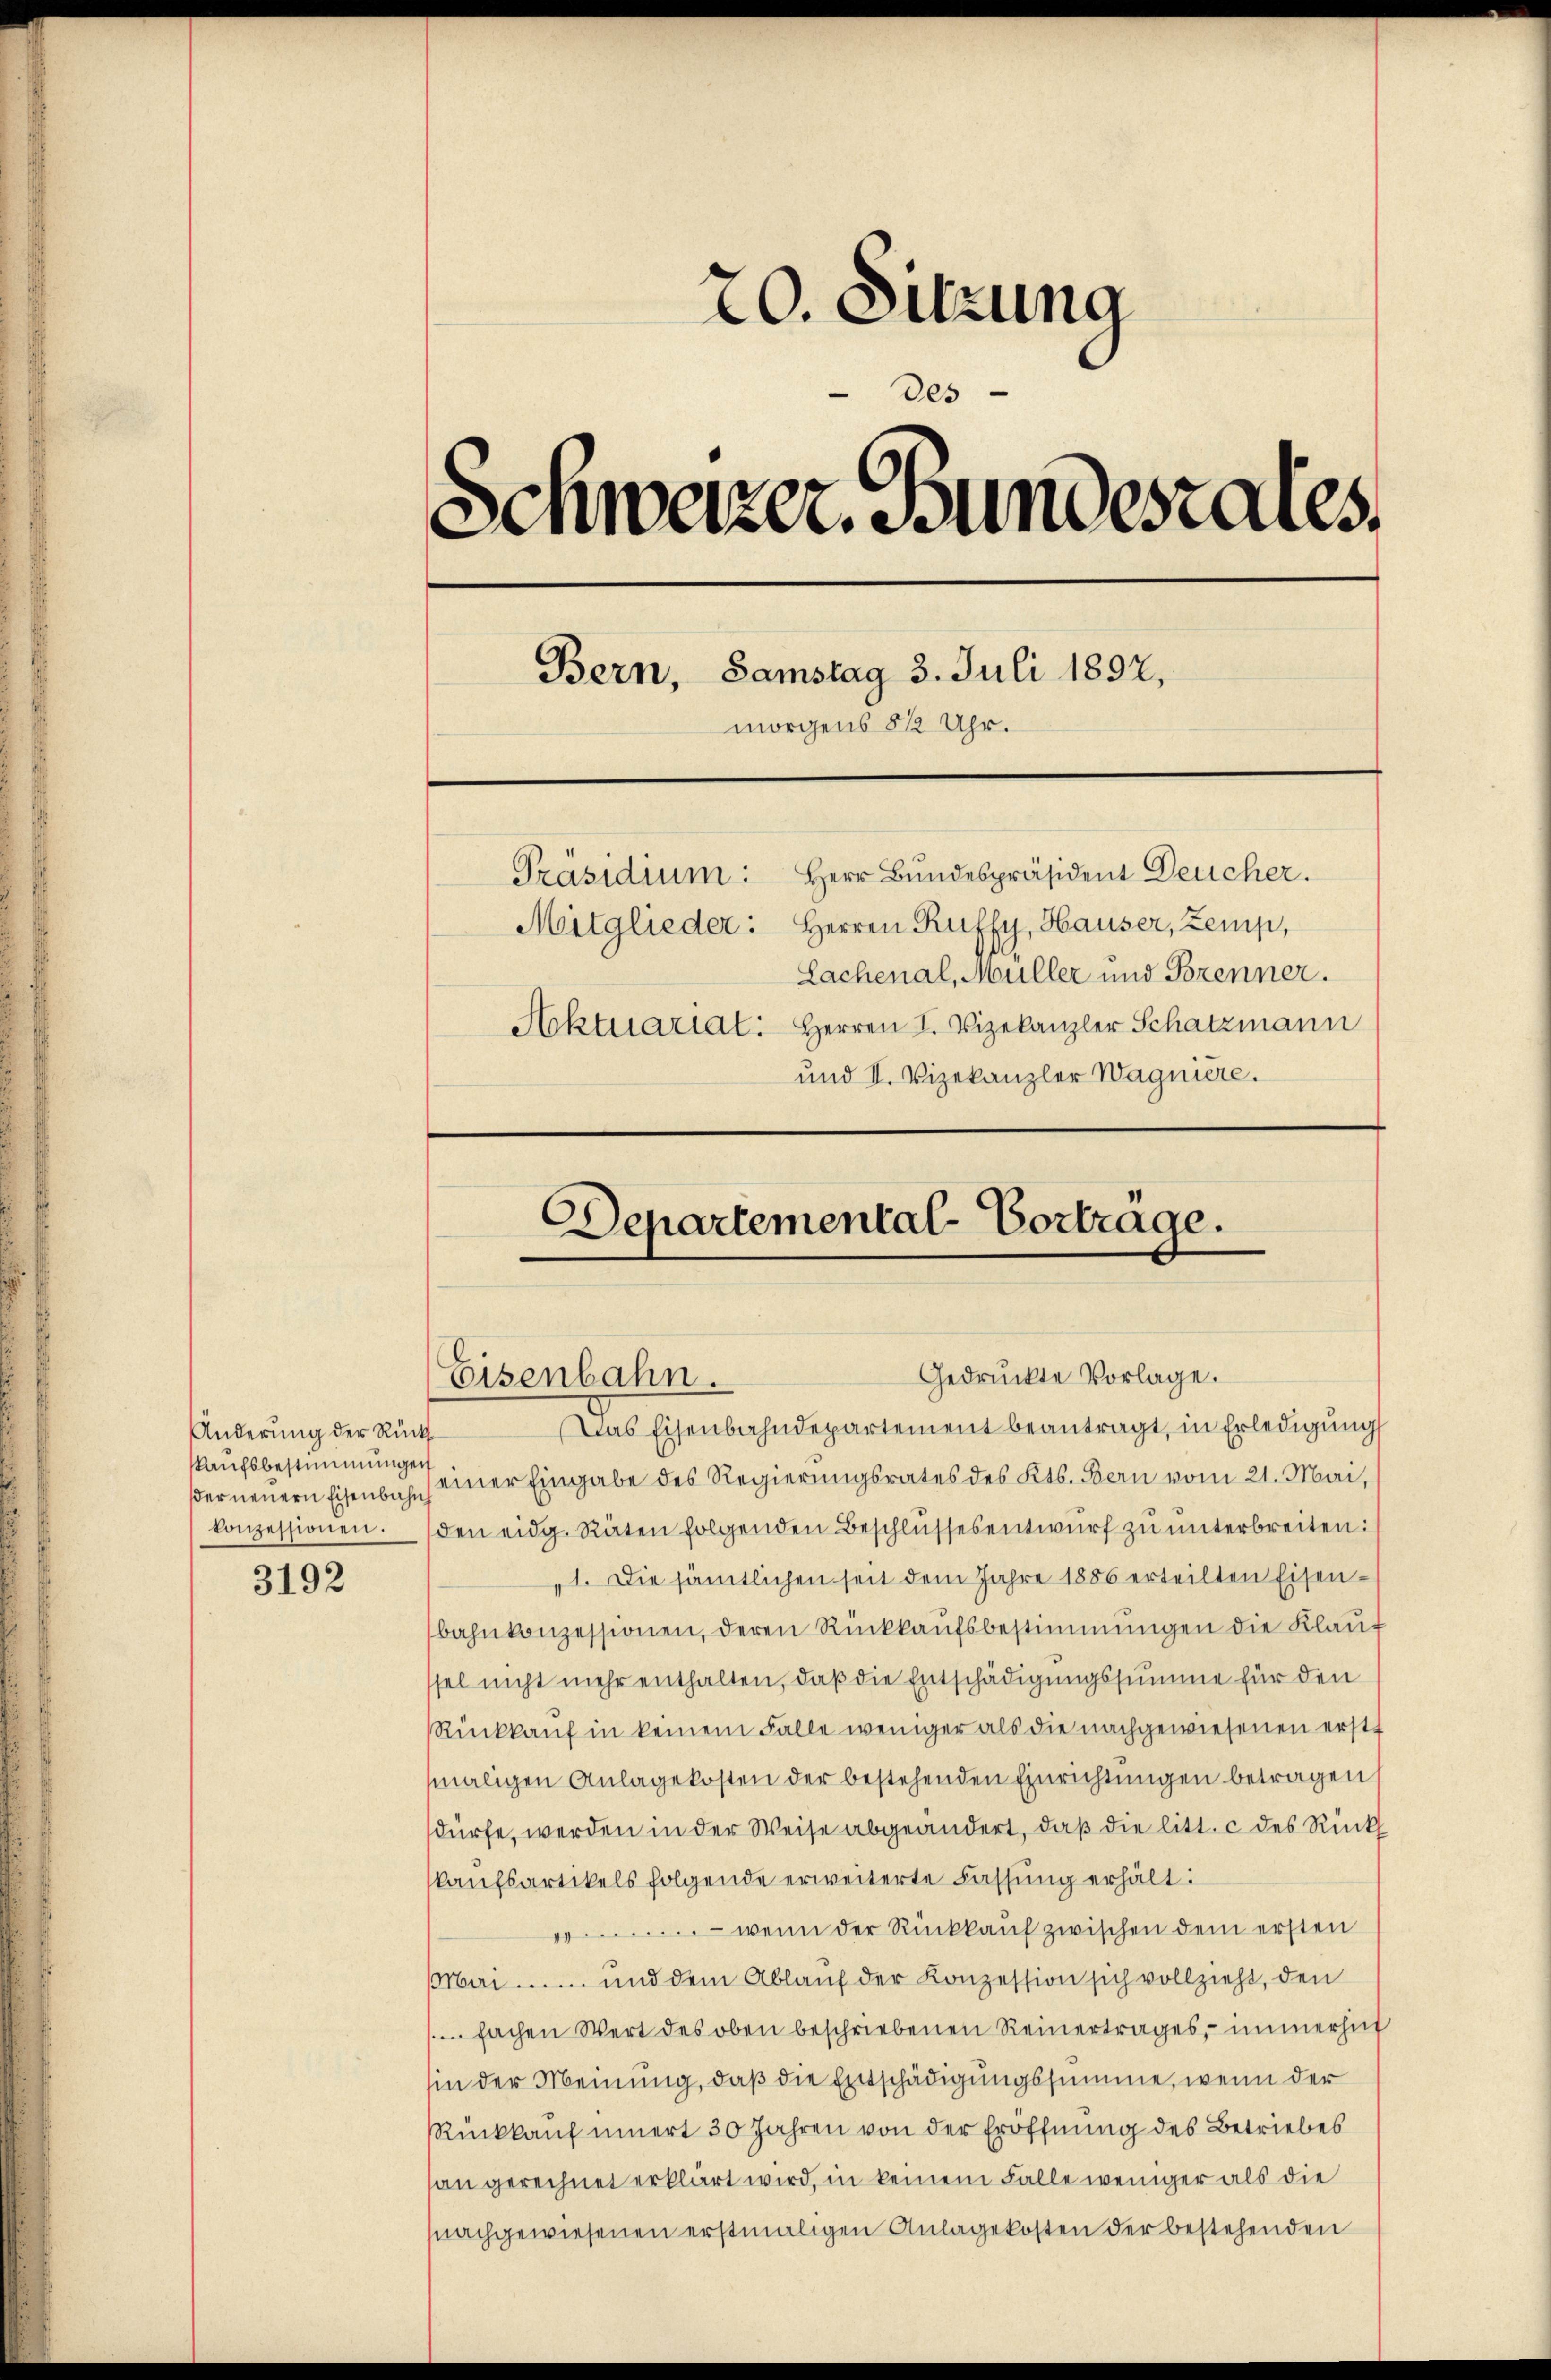
Änderung der Rück
kaufsbestimmungen

3192

20. Sitzung
des
Schweizer. Bundesrates.
Bern, Samstag 3. Juli 1892,
morgens § 12 Uhr.
Präsidium: Herr Bundespräsident Deucher.
Mitglieder: Herren Ruffy, Hauser, Zemp,
Lachenal, Müller und Brenner.
Aktuarial: Herren I. Vizekanzler Schatzmann
und II. Vizekanzler Wagniere.

Departemental-Vortrage.

Eisenbahn.

Gedruckte Vorlage.
Das Eisenbahndepartement beantragt, in Erledigung
der neuern Eisenbahn einer Eingabe des Regierungsrates des Kts. Bern vom 21. Mai,
konzessionen. (den eidg. Räten folgenden Beschlŭssesentwŭrf zŭ ŭnterbreiten:
„1. Die sämtlichen seit dem Jahre 1886 erteilten Eisenbahnkonzessionen, deren Rückkaufsbestimmungen die Klaut
sel nicht mehr enthalten, daß die Entschädigungssumme für den
Rückkauf in keinem Falle weniger als die nachgewiesenen erst
maligen Anlage kosten der bestehenden Einrichtungen betragen
dürfe, werden in der Weise abgeändert, daß die litt. c des Rück
kaufsartikels folgende erweiterte Fassung erhält:
wenn der Rückkauf zwischen dem ersten
Mai.  .. ... und dem Ablauf der Konzession sich vollzieht, den
fachen Wert des oben beschriebenen Reinertrages, - immerhut
hin der Meinung, daß die Entschädigungssumme, wenn der
Rückkauf innert 30 Jahren von der Eröffnung des Betriebes
an gerechnet erklärt wird, in keinem Falle weniger als die
nachgewiesenen erstmaligen Anlage kosten der bestehenden